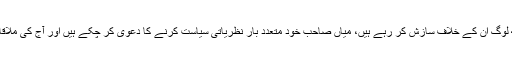
میاں نواز شریف کی ممکنہ ڈیل کے متعلق ایک سوال کے جواب میں بلاول کا کہنا تھا کہ ’کچھ لوگ ان کے خلاف سازش کر رہے ہیں، میاں صاحب خود متعدد بار نظریاتی سیاست کرنے کا دعویٰ کر چکے ہیں اور آج کی ملاقات میں مجھے کوئی ایسا تاثر یا اشارہ نہیں ملا کہ نواز شریف کوئی سمجھوتا یا ڈیل کریں گے۔